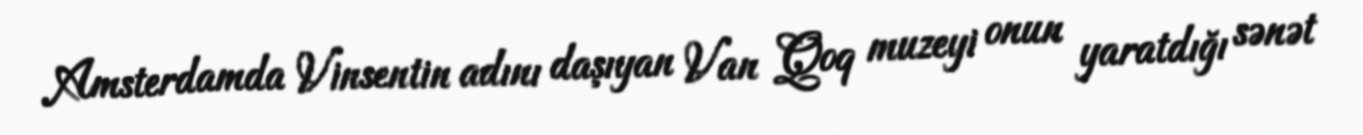
Amsterdamda Vinsentin adını daşıyan Van Qoq muzeyi onun yaratdığı sənət